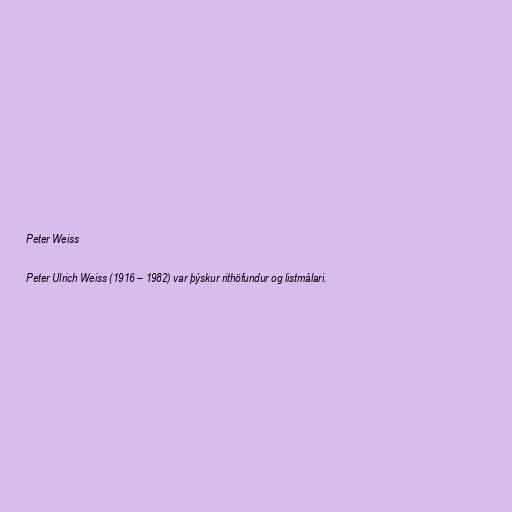
Peter Weiss

Peter Ulrich Weiss (1916 – 1982) var þýskur rithöfundur og listmálari.